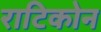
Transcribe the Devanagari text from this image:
राटिकोन